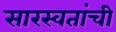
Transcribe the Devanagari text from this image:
सारस्वतांची